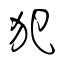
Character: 犯